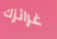
غرائزك